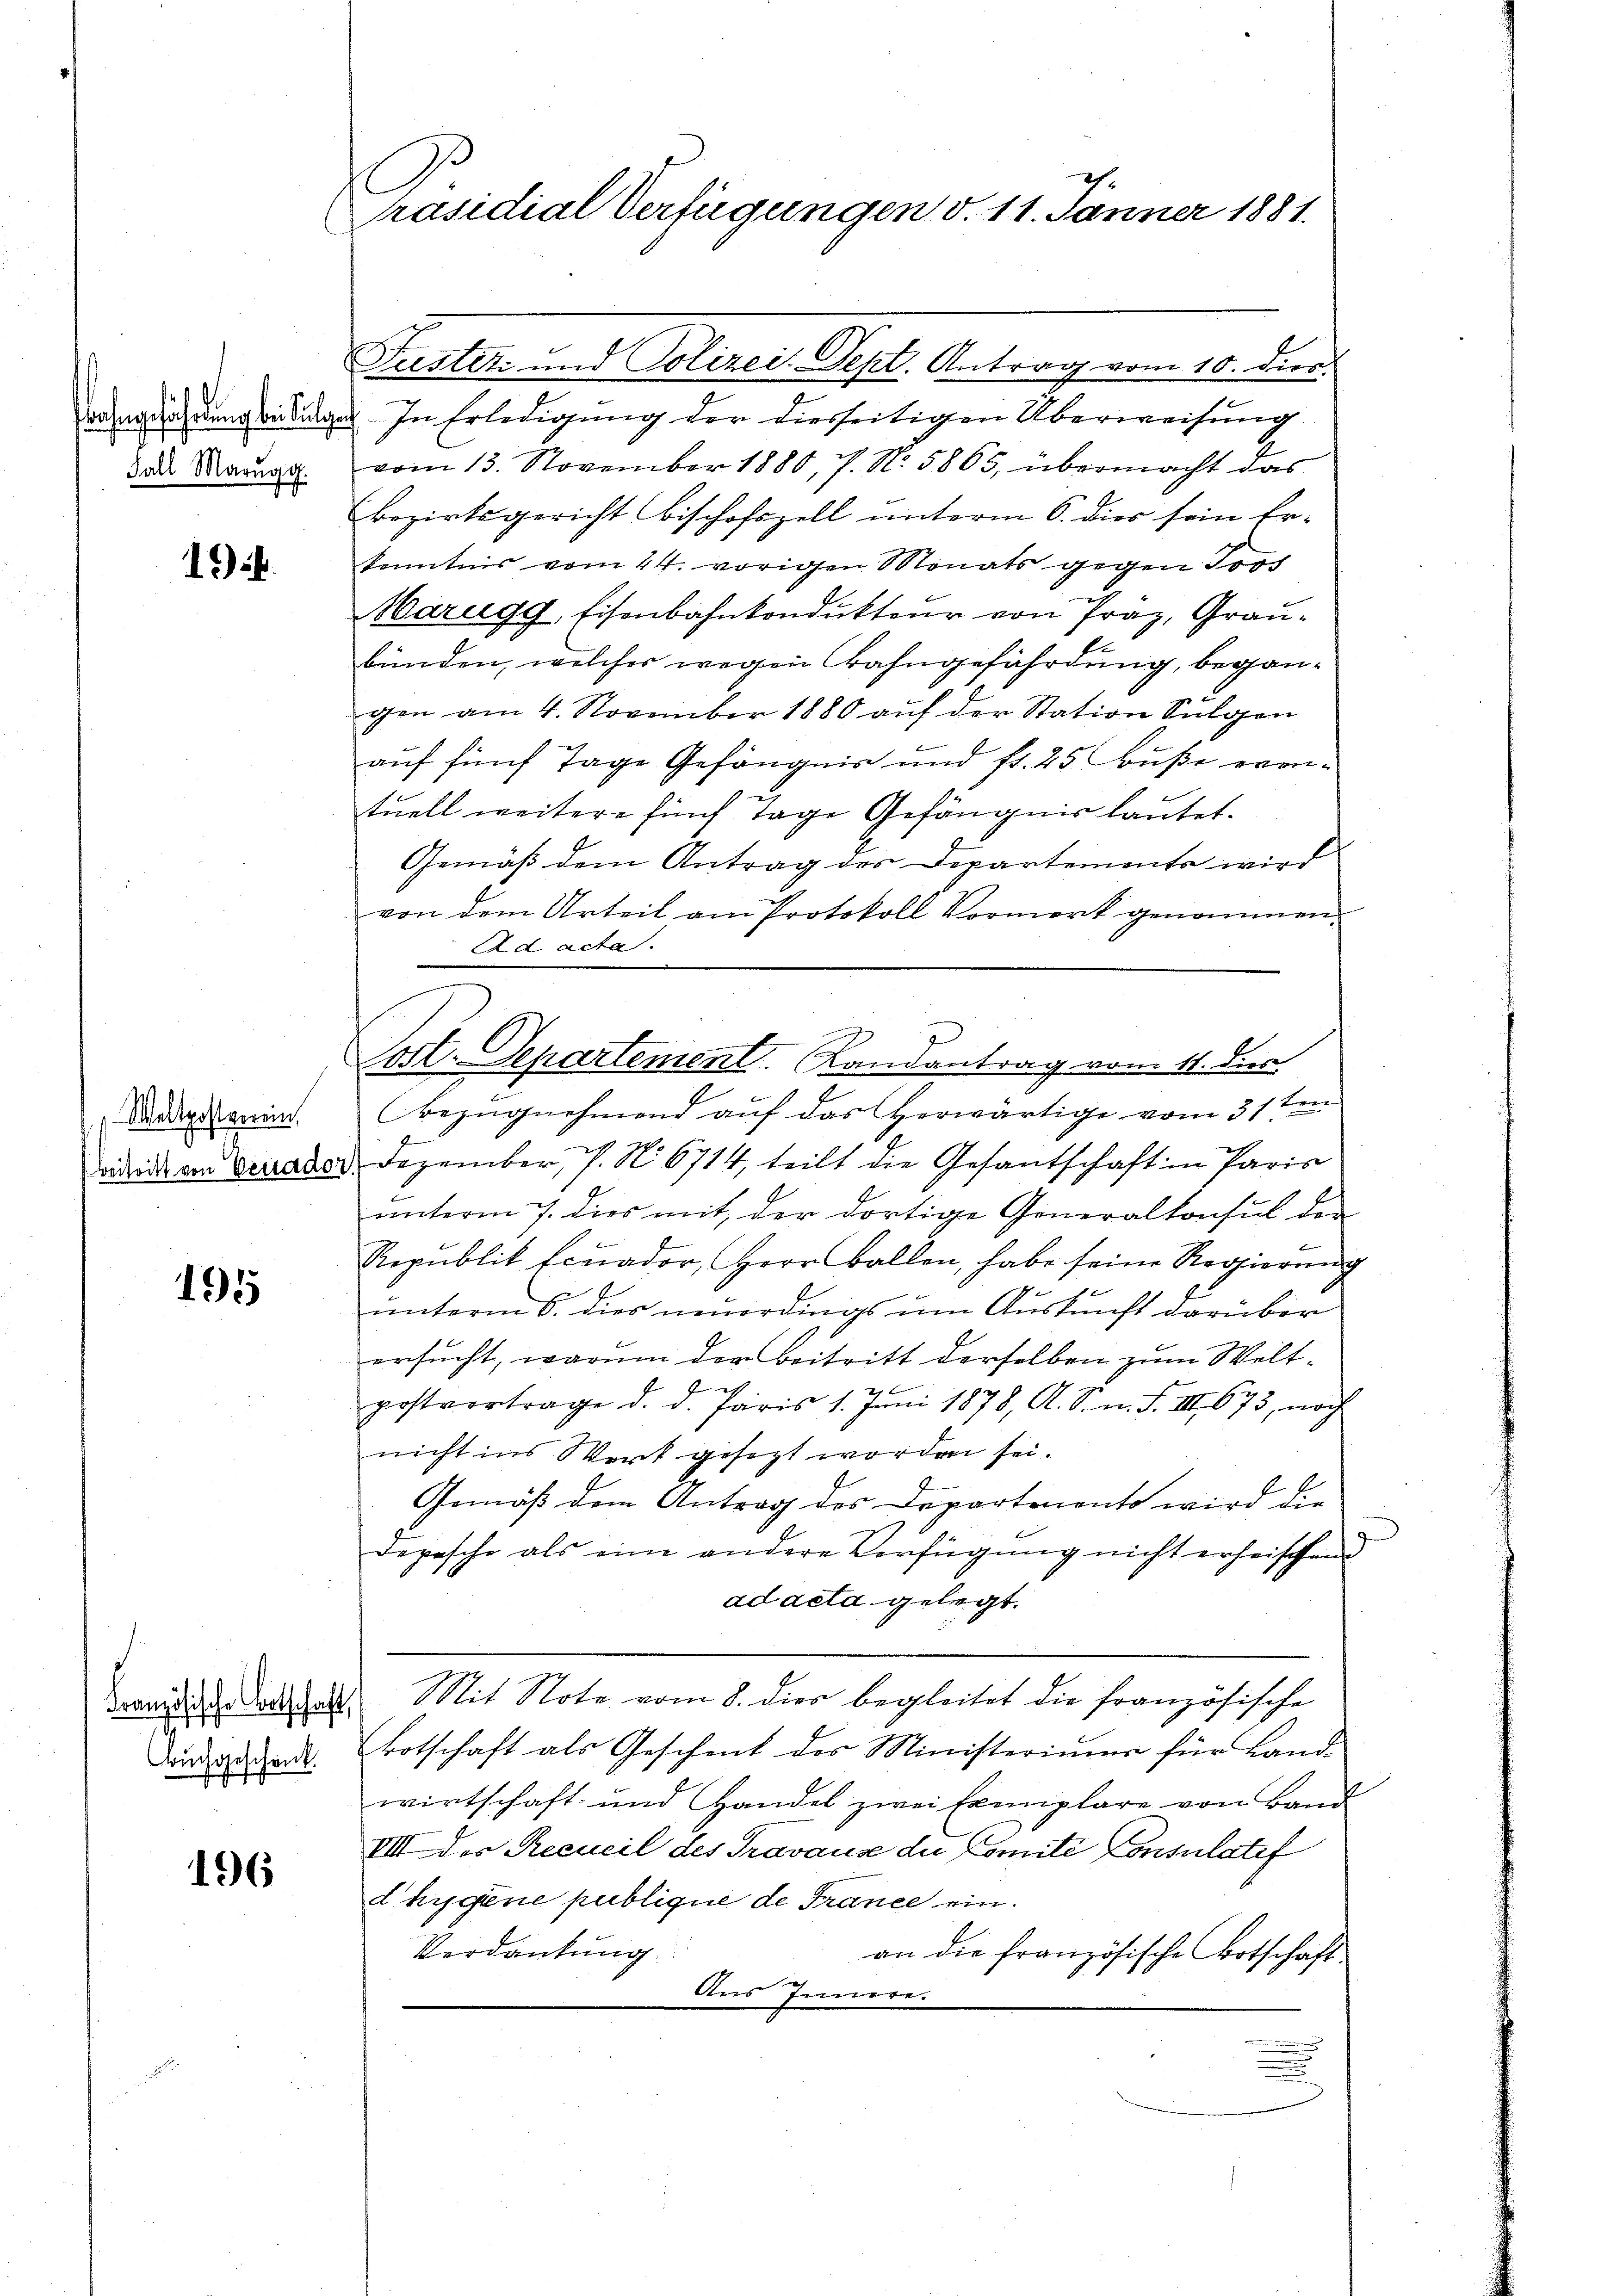
Fall Marŭgg.

.

Weltpostverein,

1955

Französische Fortschaft,
Buchgeschenk.

196

E
räsidial Verfügungen d. 11. Jänner 1881.

wangefährdung beilagen. In Erledigung der diesseitigen Überweisung
vom 13. November 1880, 7. No. 5865, übermacht das
Bezirksgericht bischofszell unterm 6. dies sein Er-
kenntnis vom 24. vorigen Monats gegen Jos
Marugg, Eisenbahnkondukteur von Präz, Graubänden, welcher wegen Bahngefährdung, begangen am 4. November 1880 auf der Station Sulgen
auf fünf Tage Gefängnis und fr. 25 Fuße eventuell weitere fünf Tage Gefängnis lautet.
Gemäß dem Antrag des Departemente wird
von dem Urteil am Protokoll Vormerk genommen.
Ad acta.
Bezugnehmend auf das Vorwärtige vom 31ten
didit am Gerader, Dezember, P. No 6714, teilt die Gesantschaft in Paris
unterm 7. dies mit, der dortige Generalkonsul der
Republik fcuador, Herr Ballen, habe seine Regierung
unterm 6. dies neuerdings um Auskunft darüber
ersucht, warum der Beitritt derselben zum Weltpostvertrage d. d. Paris 1. Juni 1878, A. S. n. F. III 673, noch
nicht ins Werk gesezt worden sei.
Gemäß dem Antrag des Departements wird die
Depesche als eine andere Verfügung nicht erheischend
ad acta gelegt.
Mit Note vom 8. dies begleitet die französische
Botschaft als Geschenk des Ministeriums für Land-
wirtschaft und Handel zwei Exmiplare von Band
VII der Recueil des Gravause du Comite Consulatif
dhygene publique de France ein.
Verdankung.
an die französische Botschaft
Aus Innern.
.

Fustiz- und Polizei. Sept. Antrag vom 10. dies.

Lost. Departement. Landantrag vom 11. dies